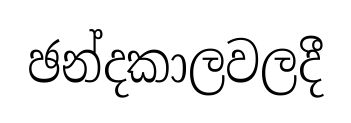
ඡන්දකාලවලදී